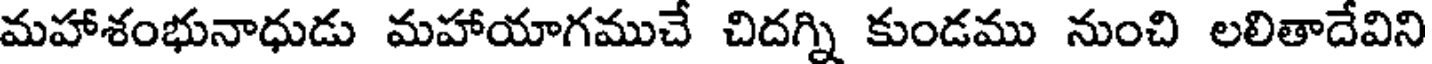
మహాశంభునాధుడు మహాయాగముచే చిదగ్ని కుండము నుంచి లలితాదేవిని